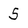
Character: 5